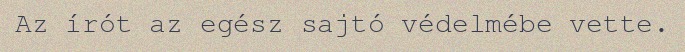
Az írót az egész sajtó védelmébe vette.